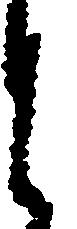
と